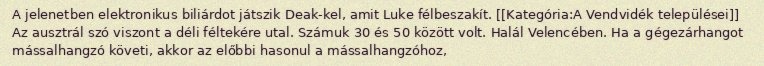
A jelenetben elektronikus biliárdot játszik Deak-kel, amit Luke félbeszakít. [[Kategória:A Vendvidék települései]] Az ausztrál szó viszont a déli féltekére utal. Számuk 30 és 50 között volt. Halál Velencében. Ha a gégezárhangot mássalhangzó követi, akkor az előbbi hasonul a mássalhangzóhoz,